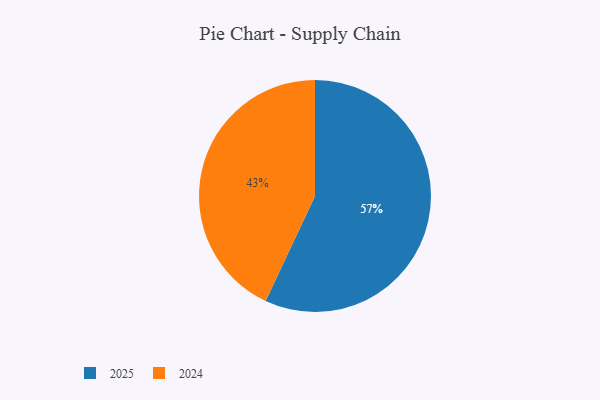
{"axis": {"x": "Category", "y": "Percentage"}, "legend": ["2024", "2025"], "data": [{"x": "2025", "y": 57, "type": "2025"}, {"x": "2024", "y": 43, "type": "2024"}]}